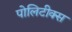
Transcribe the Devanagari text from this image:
पोलिटीक्स